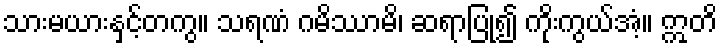
သားမယားနှင့်တကွ။ သရဏံ ဂမိဿာမိ၊ ဆရာပြု၍ ကိုးကွယ်အံ့။ ဣတိ